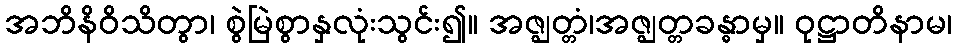
အဘိနိဝိသိတွာ၊ စွဲမြဲစွာနှလုံးသွင်း၍။ အဇ္ဈတ္တံ၊အဇ္ဈတ္တခန္ဓာမှ။ ဝုဋ္ဌာတိနာမ၊